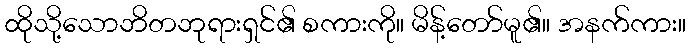
ထိုသို့သောဘိတဘုရားရှင်၏ စကားကို။ မိန့်တော်မူ၏။ အနက်ကား။